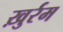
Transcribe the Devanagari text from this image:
ख़ुर्रम